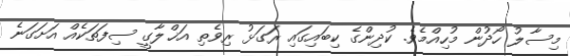
މިސާލު ހޯދުން މުހިއްމެވެ. ކުދިންގެ ކިބައިގައި ރަގަޅު ރިވެތި އަޚްލާގީ ސިފަތަކެއް އަށަގަނެ